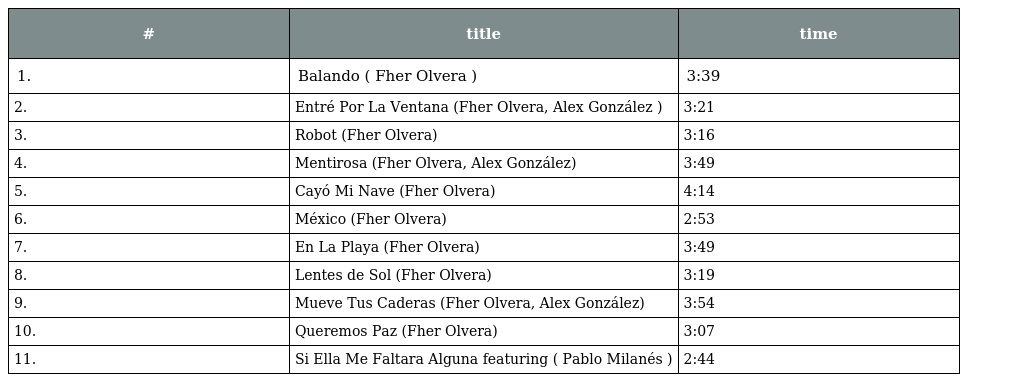
| # | title | time |
 | --- | --- | --- |
 | 1. | Balando ( Fher Olvera ) | 3:39 |
 | 2. | Entré Por La Ventana (Fher Olvera, Alex González ) | 3:21 |
 | 3. | Robot (Fher Olvera) | 3:16 |
 | 4. | Mentirosa (Fher Olvera, Alex González) | 3:49 |
 | 5. | Cayó Mi Nave (Fher Olvera) | 4:14 |
 | 6. | México (Fher Olvera) | 2:53 |
 | 7. | En La Playa (Fher Olvera) | 3:49 |
 | 8. | Lentes de Sol (Fher Olvera) | 3:19 |
 | 9. | Mueve Tus Caderas (Fher Olvera, Alex González) | 3:54 |
 | 10. | Queremos Paz (Fher Olvera) | 3:07 |
 | 11. | Si Ella Me Faltara Alguna featuring ( Pablo Milanés ) | 2:44 |